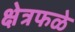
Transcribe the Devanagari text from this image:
क्षेत्रफळे